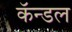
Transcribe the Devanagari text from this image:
कॅन्डल